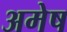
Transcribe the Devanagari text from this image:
अमेष